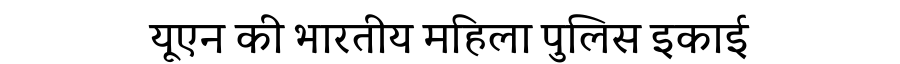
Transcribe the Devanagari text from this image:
यूएन की भारतीय महिला पुलिस इकाई